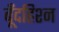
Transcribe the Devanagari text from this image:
बूँदहिश्न